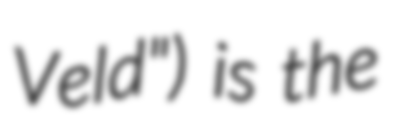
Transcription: Veld") is the